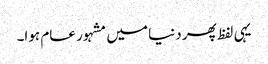
یہی لفظ پھر دنیا میں مشہور عام ہوا۔